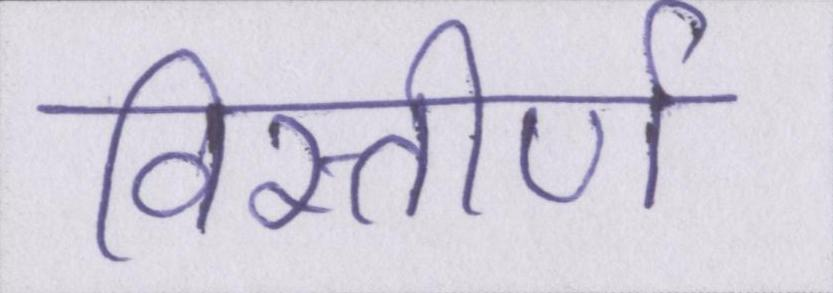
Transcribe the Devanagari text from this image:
विस्तीर्ण